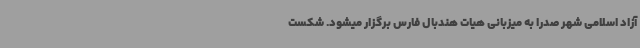
آزاد اسلامی شهر صدرا به میزبانی هیات هندبال فارس برگزار میشود. شکست